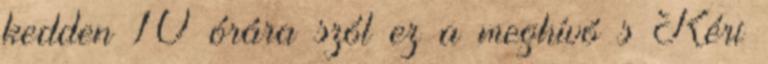
kedden 10 órára szól ez a meghívó s Kéri